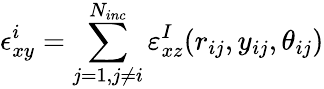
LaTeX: \epsilon_{xy}^{i}=\sum_{j=1,j\neq i}^{N_{inc}}\varepsilon_{xz}^{I}(r_{ij},y_{ij},\theta_{ij})